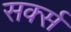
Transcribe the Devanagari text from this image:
सर्क्स